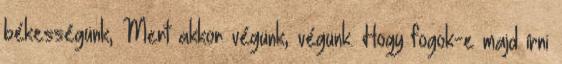
békességünk, Mert akkor végünk, végünk. Hogy fogok-e majd írni